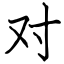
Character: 对